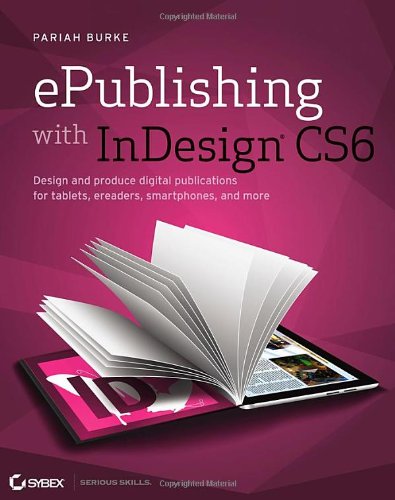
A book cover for ePublishing with InDesign CS6: Design and produce digital publications for tablets, ereaders, smartphones, and more; Pariah S. Burke; Computers & Technology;